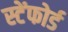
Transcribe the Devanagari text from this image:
स्टेंफोर्ड